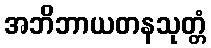
အဘိဘာယတနသုတ္တံ